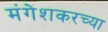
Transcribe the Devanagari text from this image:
मंगेशकरच्या